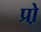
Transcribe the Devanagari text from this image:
प्रो़